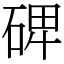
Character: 𥓓